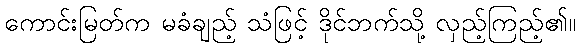
ကောင်းမြတ်က မခံချည့် သံဖြင့် ဒိုင်ဘက်သို့ လှည့်ကြည့်၏။